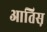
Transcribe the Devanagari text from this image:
आतिस़